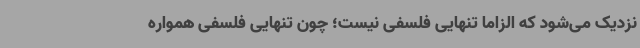
نزدیک می‌شود که الزاماً تنهایی فلسفی نیست؛ چون تنهایی فلسفی همواره